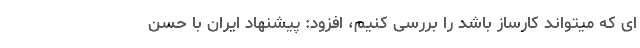
ای که میتواند کارساز باشد را بررسی کنیم، افزود: پیشنهاد ایران با حسن